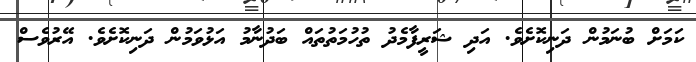
ކަމަށް ބުނަމުން ދަނިކޮށެވެ. އަދި ޝަރީފާމެދު ތުހުމަތުތައް ބަދުނާމު އަޅުވަމުން ދަނިކޮށެވެ. އޭރުވެސް